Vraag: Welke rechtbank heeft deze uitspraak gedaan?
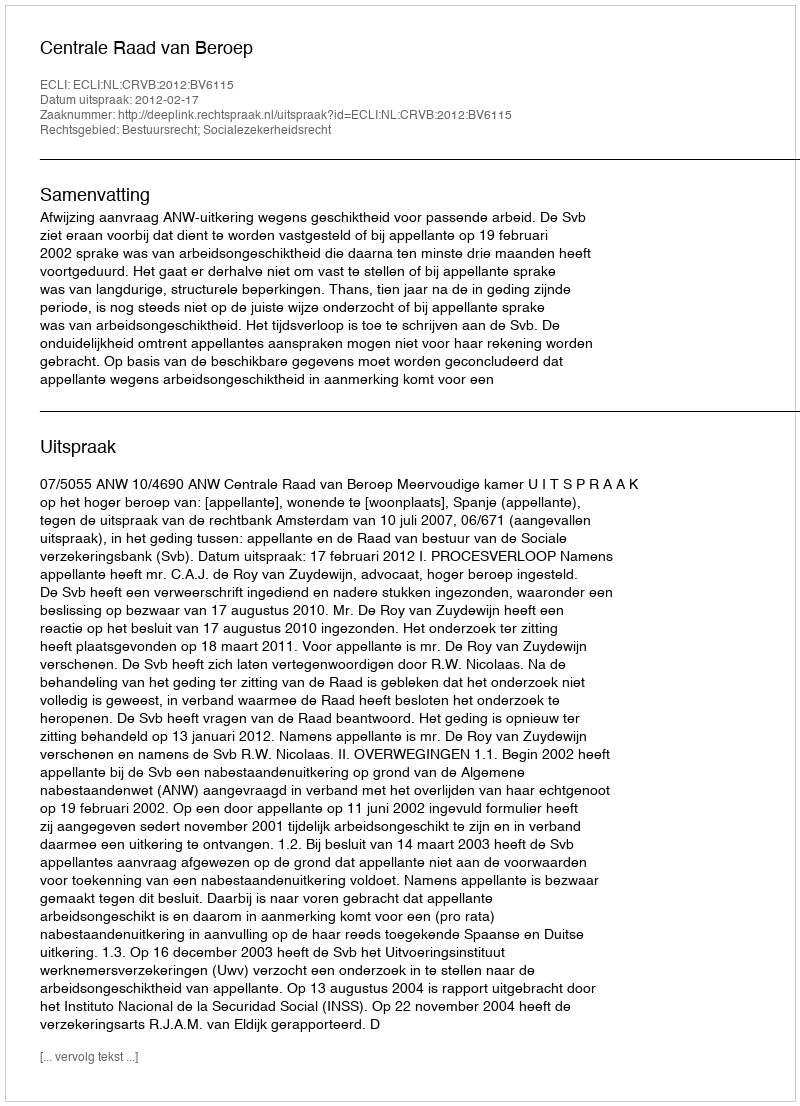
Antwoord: Centrale Raad van Beroep